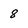
Character: 8